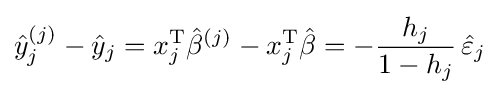
{\hat {y}}_{j}^{(j)}-{\hat {y}}_{j}=x_{j}^{\mathrm {T} }{\hat {\beta }}^{(j)}-x_{j}^{\operatorname {T} }{\hat {\beta }}=-{\frac {h_{j}}{1-h_{j}}}\,{\hat {\varepsilon }}_{j}